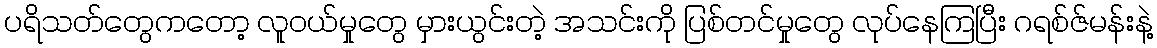
ပရိသတ်တွေကတော့ လူဝယ်မှုတွေ မှားယွင်းတဲ့ အသင်းကို ပြစ်တင်မှုတွေ လုပ်နေကြပြီး ဂရစ်ဇ်မန်းနဲ့